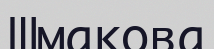
Шмакова